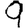
Digit: 9